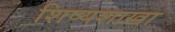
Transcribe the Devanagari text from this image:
शिष्यशाखा